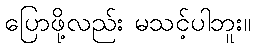
ပြောဖို့လည်း မသင့်ပါဘူး။